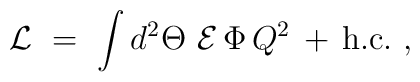
{\cal L}\ =\ \int d^2\Theta \ {\cal E}\,\Phi \,Q^2\,+\, {\rm h.c.}~,